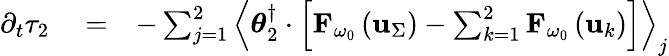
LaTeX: \begin{array}{rlr}{\partial_{t}\tau_{2}}&{{}=}&{-\sum_{j=1}^{2}\left\langle\boldsymbol{\theta}_{2}^{\dagger}\cdot\left[{\mathbf F}_{\omega_{0}}\left({\mathbf u}_{\Sigma}\right)-\sum_{k=1}^{2}{\mathbf F}_{\omega_{0}}\left({\mathbf u}_{k}\right)\right]\right\rangle_{j}}\end{array}